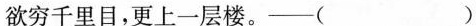
欲穷千里目，更上一层楼。—( )